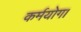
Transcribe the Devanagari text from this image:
कर्मयोग।